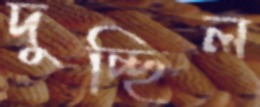
দুচ্ছিল